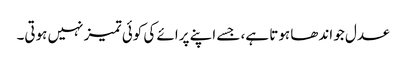
عدل جو اندھا ہوتا ہے، جسے اپنے پرائے کی کوئی تمیز نہیں ہوتی۔